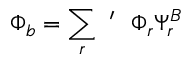
\Phi _ { b } = \sum _ { r } ~ ^ { \prime } ~ ~ \Phi _ { r } \Psi _ { r } ^ { B }